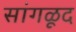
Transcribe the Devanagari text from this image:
सांगळूद